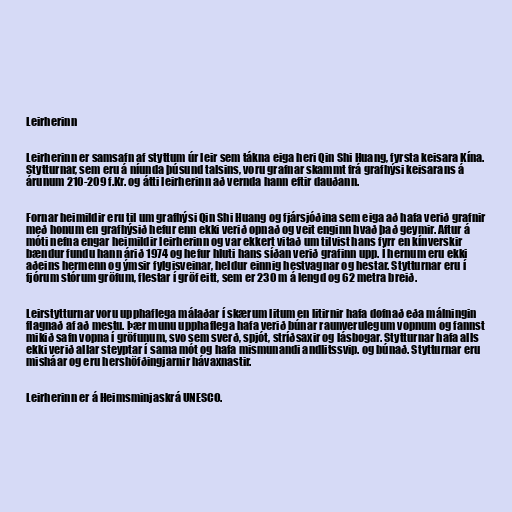
Leirherinn

Leirherinn er samsafn af styttum úr leir sem tákna eiga heri Qin Shi Huang, fyrsta keisara Kína.
Stytturnar, sem eru á níunda þúsund talsins, voru grafnar skammt frá grafhýsi keisarans á
árunum 210-209 f.Kr. og átti leirherinn að vernda hann eftir dauðann.

Fornar heimildir eru til um grafhýsi Qin Shi Huang og fjársjóðina sem eiga að hafa verið grafnir
með honum en grafhýsið hefur enn ekki verið opnað og veit enginn hvað það geymir. Aftur á
móti nefna engar heimildir leirherinn og var ekkert vitað um tilvist hans fyrr en kínverskir
bændur fundu hann árið 1974 og hefur hluti hans síðan verið grafinn upp. Í hernum eru ekki
aðeins hermenn og ýmsir fylgisveinar, heldur einnig hestvagnar og hestar. Stytturnar eru í
fjórum stórum gröfum, flestar í gröf eitt, sem er 230 m á lengd og 62 metra breið.

Leirstytturnar voru upphaflega málaðar í skærum litum en litirnir hafa dofnað eða málningin
flagnað af að mestu. Þær munu upphaflega hafa verið búnar raunverulegum vopnum og fannst
mikið safn vopna í gröfunum, svo sem sverð, spjót, stríðsaxir og lásbogar. Stytturnar hafa alls
ekki verið allar steyptar í sama mót og hafa mismunandi andlitssvip. og búnað. Stytturnar eru
misháar og eru hershöfðingjarnir hávaxnastir.

Leirherinn er á Heimsminjaskrá UNESCO.